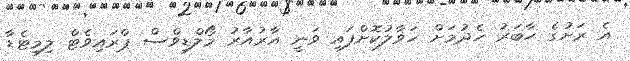
އެ ރަށުގެ ހާބަރު ހެދުމަށް ހަވާލުކޮށްފައި ވަނީ އާރުއާރު މޯލްޑިވްސް ޕްރައިވެޓް ލިމިޓެޑާ